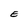
Character: E